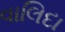
વાલિદા